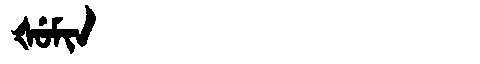
Manchu: ᡧᡠᠮᡳᠨ
Romanization: ŠUMIN